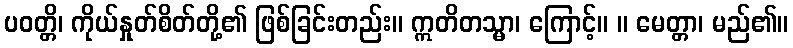
ပဝတ္တိ၊ ကိုယ်နှုတ်စိတ်တို့၏ ဖြစ်ခြင်းတည်း။ ဣတိတသ္မာ၊ ကြောင့်။ ။ မေတ္တာ၊ မည်၏။